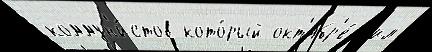
коммун'и́стов кото́рый окт'ябр'е́ жил